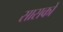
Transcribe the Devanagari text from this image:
सासकों